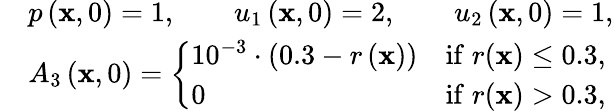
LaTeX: \begin{array}{rl}&{p\left(\mathbf{x},0\right)=1,\qquad u_{1}\left(\mathbf{x},0\right)=2,\qquad u_{2}\left(\mathbf{x},0\right)=1,}\\ &{A_{3}\left(\mathbf{x},0\right)=\left\lbrace\begin{array}{lc}{10^{-3}\cdot(0.3-r\left(\mathbf{x}\right))}&{\mathrm{if}\; r(\mathbf{x})\le 0.3,}\\ {0}&{\mathrm{if}\; r(\mathbf{x})>0.3,}\end{array}\right.}\end{array}